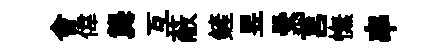
會偉龔互蔽鏟昱纍莒憮串